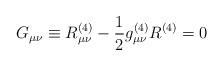
LaTeX: \begin{align*}G_{\mu\nu} \equiv R_{\mu\nu}^{(4)} - {1 \over 2} g^{(4)}_{\mu\nu}R^{(4)}=0\end{align*}